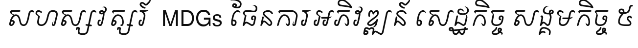
សហស្សវត្សរ៍  MDGs ផែនការអភិវឌ្ឍន៍ សេដ្ឋកិច្ច សង្គមកិច្ច ៥